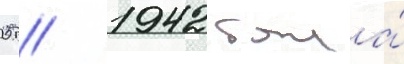
05 // 1942 была́